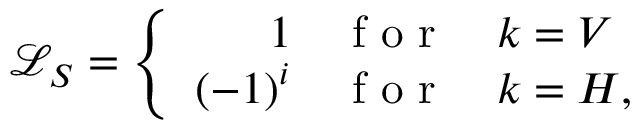
\mathcal { L } _ { S } = \left\{ \begin{array} { r c l } { 1 } & { \mathrm { ~ f ~ o ~ r ~ } } & { k = V } \\ { ( - 1 ) ^ { i } } & { \mathrm { ~ f ~ o ~ r ~ } } & { k = H , } \end{array} \right.